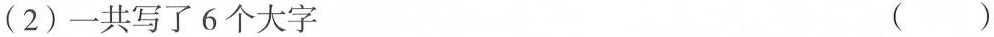
(2)一共写了6个大字 ( )